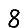
Digit: 8